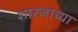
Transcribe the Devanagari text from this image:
शारजाच्या